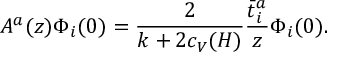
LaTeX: A ^ { a } ( z ) \Phi _ { i } ( 0 ) = { \frac { 2 } { k + 2 c _ { V } ( H ) } } { \frac { \bar { t } _ { i } ^ { a } } { z } } \Phi _ { i } ( 0 ) .